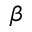
\beta